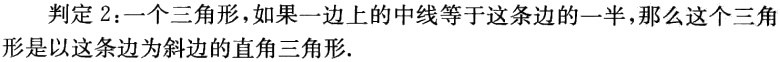
判定 2：一个三角形，如果一边上的中线等于这条边的一半，那么这个三角形是以这条边为斜边的直角三角形.